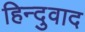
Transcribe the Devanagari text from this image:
हिन्दुवाद